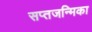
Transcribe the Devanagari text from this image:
सप्तजन्मिका